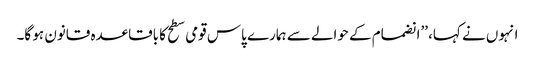
انہوں نے کہا، ’’انضمام کے حوالے سے ہمارے پاس قومی سطح کا باقاعدہ قانون ہو گا۔